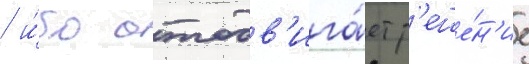
/ и́бо отодв'ига́ет р'еше́н'ие